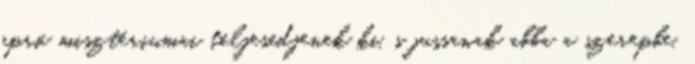
apró misztériumai teljesedjenek ki, s jussanak abba a szerepbe,